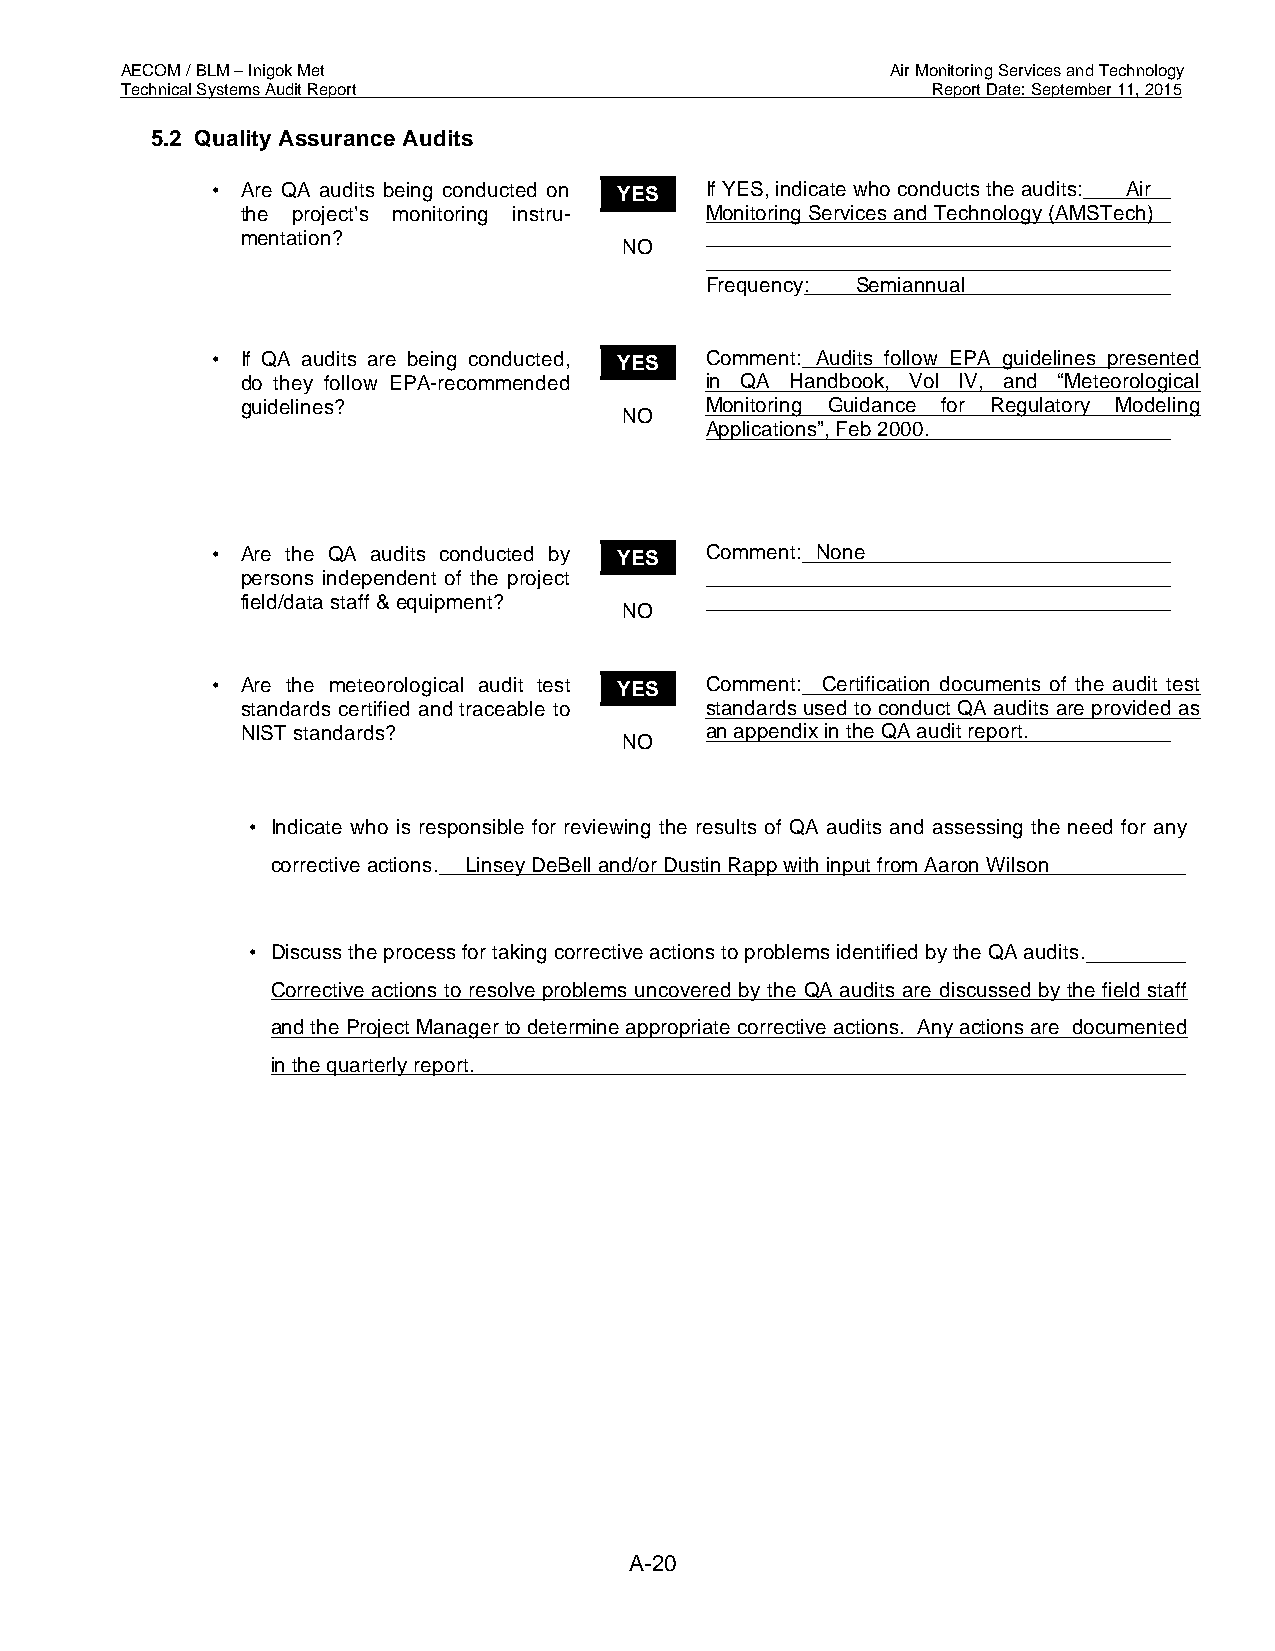
AECOM / BLM – Inigok Met                           Air Monitoring Services and Technology
 Technical Systems Audit Report                        Report Date: September 11, 2015
 5.2 Quality Assurance Audits
 • Are QA audits being conducted on YES If YES, indicate who conducts the audits: Air
 the project’s monitoring instru- Monitoring Services and Technology (AMSTech)
 mentation?
 NO
 Frequency: Semiannual
 • If QA audits are being conducted, YES Comment: Audits follow EPA guidelines presented
 do they follow EPA-recommended in QA Handbook, Vol IV, and “Meteorological
 guidelines?                    Monitoring Guidance for Regulatory Modeling
 NO
 Applications”, Feb 2000.
 • Are the QA audits conducted by YES Comment: None
 persons independent of the project
 field/data staff & equipment?
 NO
 • Are the meteorological audit test YES Comment: Certification documents of the audit test
 standards certified and traceable to standards used to conduct QA audits are provided as
 NIST standards?                an appendix in the QA audit report.
 NO
 • Indicate who is responsible for reviewing the results of QA audits and assessing the need for any
 corrective actions. Linsey DeBell and/or Dustin Rapp with input from Aaron Wilson
 • Discuss the process for taking corrective actions to problems identified by the QA audits.
 Corrective actions to resolve problems uncovered by the QA audits are discussed by the field staff
 and the Project Manager to determine appropriate corrective actions. Any actions are documented
 in the quarterly report.
 A-20